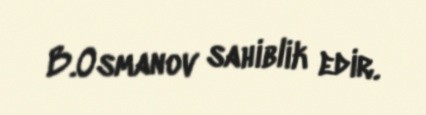
B.Osmanov sahiblik edir.